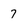
Character: 7